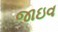
જાઇવ